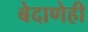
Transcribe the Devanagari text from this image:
बेदाणेही